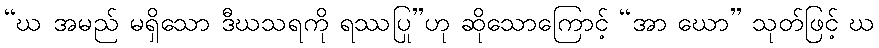
“ဃ အမည် မရှိသော ဒီဃသရကို ရဿပြု”ဟု ဆိုသောကြောင့် “အာ ဃော” သုတ်ဖြင့် ဃ